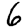
Digit: 6